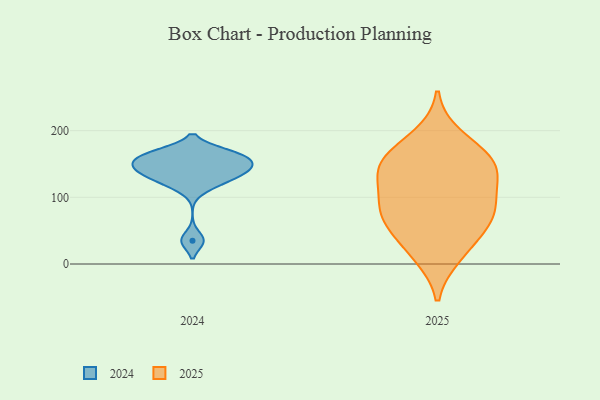
{"axis": {"x": "Demand Index", "y": "Value"}, "legend": ["2024", "2025"], "data": [{"x": "", "y": 148, "type": "2024"}, {"x": "", "y": 129, "type": "2024"}, {"x": "", "y": 116, "type": "2024"}, {"x": "", "y": 137, "type": "2024"}, {"x": "", "y": 35, "type": "2024"}, {"x": "", "y": 167, "type": "2024"}, {"x": "", "y": 168, "type": "2024"}, {"x": "", "y": 156, "type": "2024"}, {"x": "", "y": 155, "type": "2024"}, {"x": "", "y": 139, "type": "2024"}, {"x": "", "y": 65, "type": "2025"}, {"x": "", "y": 70, "type": "2025"}, {"x": "", "y": 152, "type": "2025"}, {"x": "", "y": 13, "type": "2025"}, {"x": "", "y": 62, "type": "2025"}, {"x": "", "y": 153, "type": "2025"}, {"x": "", "y": 191, "type": "2025"}, {"x": "", "y": 82, "type": "2025"}, {"x": "", "y": 23, "type": "2025"}, {"x": "", "y": 115, "type": "2025"}, {"x": "", "y": 93, "type": "2025"}, {"x": "", "y": 147, "type": "2025"}, {"x": "", "y": 161, "type": "2025"}, {"x": "", "y": 130, "type": "2025"}]}